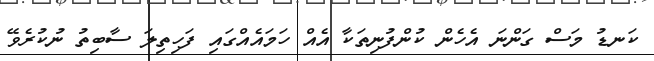
ކަނޑު މަސް ގަންނަ އެހެން ކުންފުނިތަކާ އެއް ހަމައެއްގައި ފަހިތިލަ ސާބިތު ނުކުރެވޭ